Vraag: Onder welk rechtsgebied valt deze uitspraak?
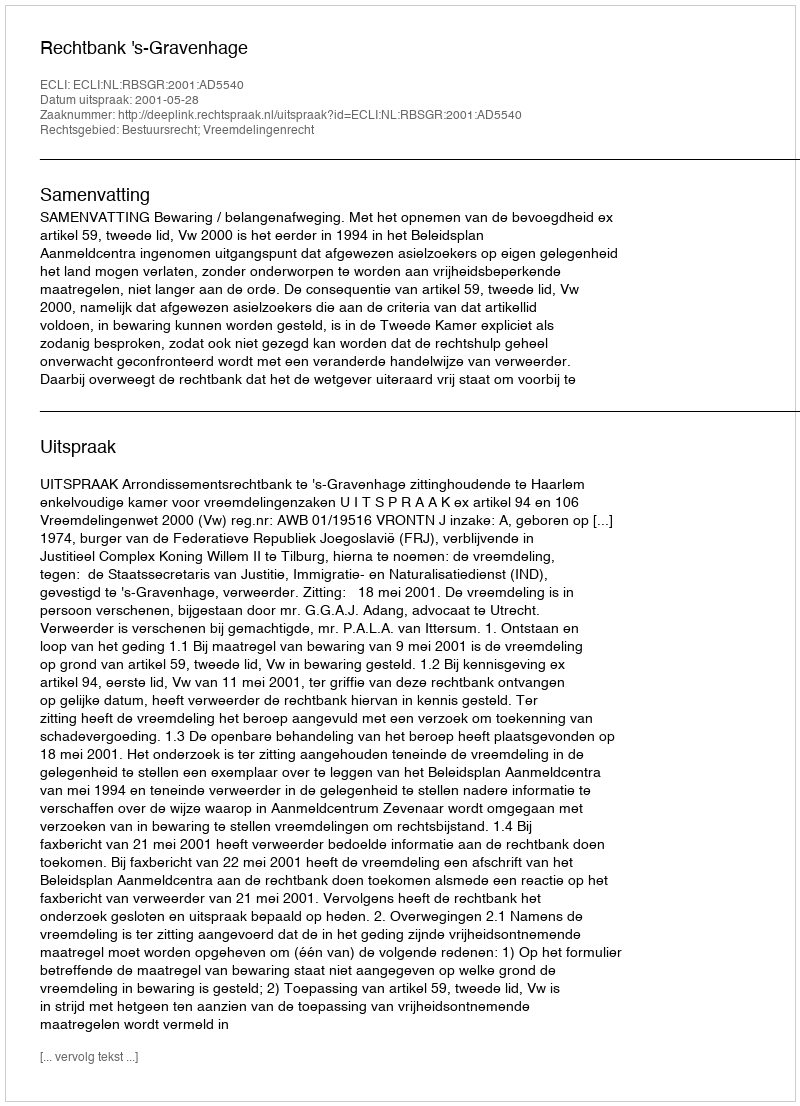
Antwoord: Bestuursrecht; Vreemdelingenrecht